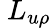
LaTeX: \ L_{u\rho}